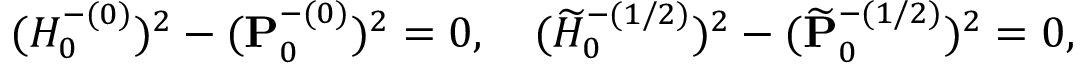
( H _ { 0 } ^ { - ( 0 ) } ) ^ { 2 } - ( { \bf P } _ { 0 } ^ { - ( 0 ) } ) ^ { 2 } = 0 , \quad ( \widetilde { H } _ { 0 } ^ { - ( 1 / 2 ) } ) ^ { 2 } - ( \widetilde { \bf P } _ { 0 } ^ { - ( 1 / 2 ) } ) ^ { 2 } = 0 ,